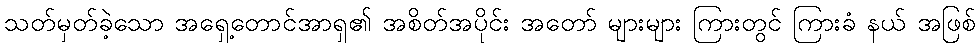
သတ်မှတ်ခဲ့သော အရှေ့တောင်အာရှ၏ အစိတ်အပိုင်း အတော် များများ ကြားတွင် ကြားခံ နယ် အဖြစ်